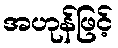
အဟုန်ဖြင့်